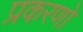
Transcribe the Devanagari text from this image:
प्रकरणो